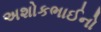
અશોકભાઈનો